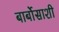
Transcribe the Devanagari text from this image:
बार्बोसाशी